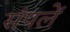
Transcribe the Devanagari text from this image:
संपलें